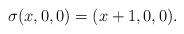
LaTeX: \begin{align*} \sigma(x,0,0)=(x+1,0,0).\end{align*}